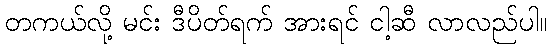
တကယ်လို့ မင်း ဒီပိတ်ရက် အားရင် ငါ့ဆီ လာလည်ပါ။